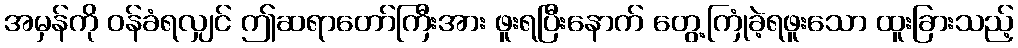
အမှန်ကို ဝန်ခံရလျှင် ဤဆရာတော်ကြီးအား ဖူးရပြီးနောက် တွေ့ကြုံခဲ့ရဖူးသော ထူးခြားသည့်